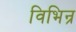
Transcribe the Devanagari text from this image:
विभिन्र